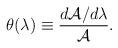
LaTeX: \begin{align*}\theta(\lambda) \equiv \frac{d{\cal A}/d\lambda}{\cal A}.\end{align*}